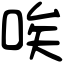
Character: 唉